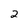
Character: 2